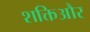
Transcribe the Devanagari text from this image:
शक्तिऔर